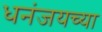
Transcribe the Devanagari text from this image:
धनंजयच्या